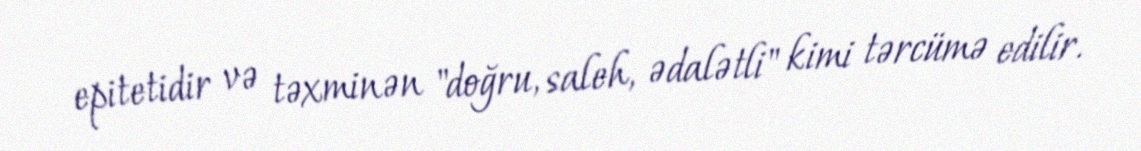
epitetidir və təxminən "doğru, saleh, ədalətli" kimi tərcümə edilir.